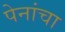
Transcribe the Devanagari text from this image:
पेनांचा